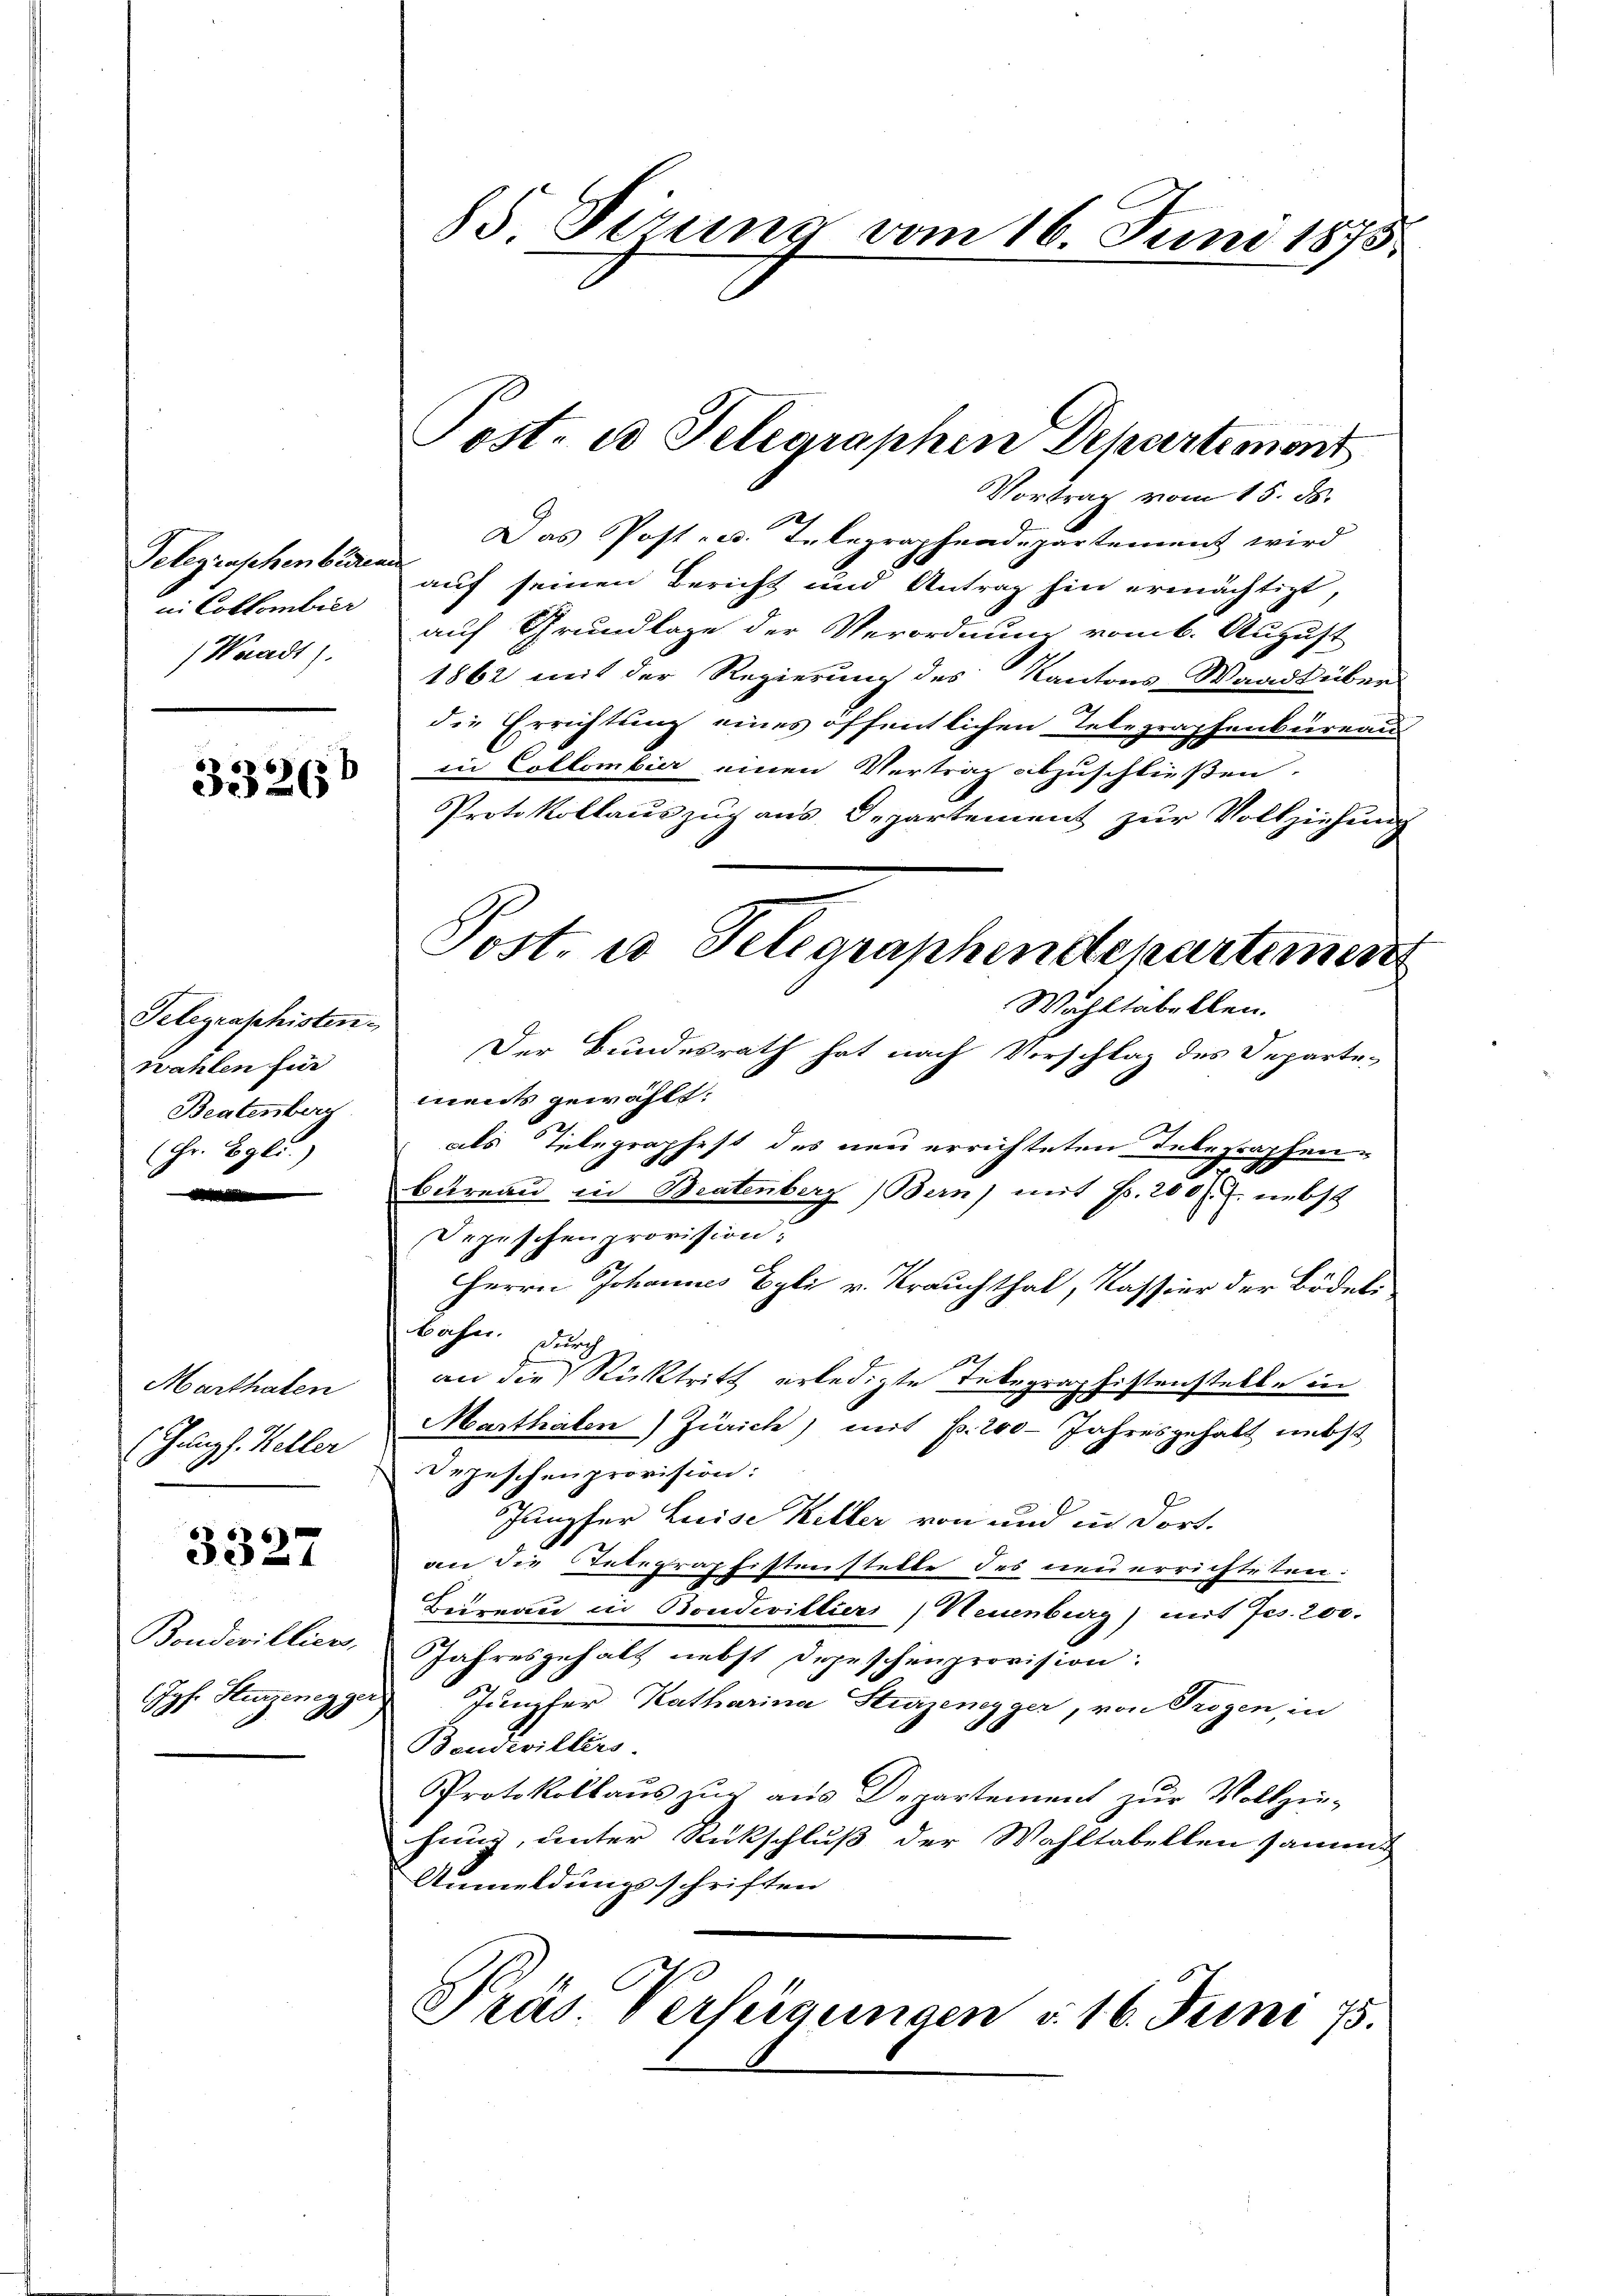
in Collombier
) Waadt).

33267

Telegraschisten
wahlen für
Beatenberg
(Hr. Vgl.

Marthaben
(Galuz h. Keller

3327

Bondevilliers,
Jos. Sturzenegg

85 Firung vom 16. Juni 1875.

Vortrag vom 15. ds.
Das Post- u. Telegraphendepartement wird
Telegraphenbaren auf seinen Bericht und Antrag hin ermächtigt,
auf Grundlage der Verordnung vom 6. August
1862 mit der Regierung des Kantons-Waadt über
die Errichtung eines öffentlichen Telegraphenbureau
in Collombier einen Vertrag abzuschließen.
Protokollauszug aus Departement zur Vollziehung
Wohltabellen.
Der Bundesrath hat nach Vorschlag des Departe-
ments gewählt.
als Telegraphest des neu errichteten Inbegraphen-
bureau in Beatenberg (Bern) mit Fr. 200 f. nebst
Depischen provision.
Herrn Johannes Egli v. Krauchthal, Kassier der Bödel.
bahn. Durch
an die Rücktritt erledigte Telegraphistenstelle in
Marthalen) Zürich) mit Fr. 200 Jahresgehalt nebst
Depeschenprovision:
Jungfer Luise Keller von und in dort.
an die Totegraphistenstelle des neu errichteten:
Beireau in Boudevilliers, Neuenburg) mit Jes. 200.
Jahresgehalt nebst Depeschenprovision.
ch
Jungfer Katharina Sturzenegger, von Trogen, in
Beudevillers.
Protokollaŭs zŭg aŭs Departement zŭr Vollzie-
hung, unter Rückschluß der Wahltabellen sammt
Anmeldungsschriften
Prás Verfügungen d. 16. Juni 75.

Post. ad Telegraphen Departement

Post. u. Telegraphendepartemen